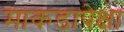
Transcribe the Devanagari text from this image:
माकडापेक्षा